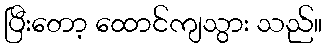
ပြီးတော့ ထောင်ကျသွား သည်။